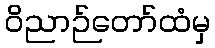
ဝိညာဉ်တော်ထံမှ